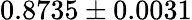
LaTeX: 0.8735\pm 0.0031